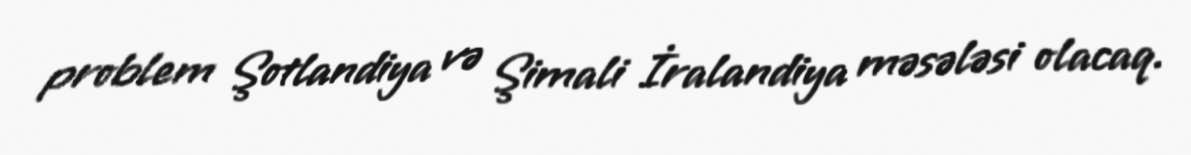
problem Şotlandiya və Şimali İralandiya məsələsi olacaq.